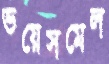
ভয়েসমেল